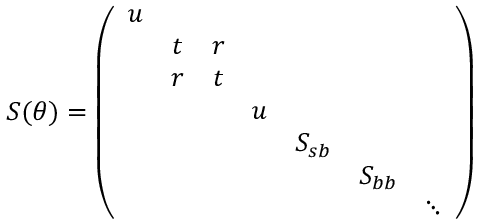
S ( \theta ) = \left( \begin{array} { c c c c c c c } { { u } } & { { } } & { { } } & { { } } & { { } } & { { } } & { { } } \\ { { } } & { { t } } & { { r } } & { { } } & { { } } & { { } } & { { } } \\ { { } } & { { r } } & { { t } } & { { } } & { { } } & { { } } & { { } } \\ { { } } & { { } } & { { } } & { { u } } & { { } } & { { } } & { { } } \\ { { } } & { { } } & { { } } & { { } } & { { S _ { s b } } } & { { } } & { { } } \\ { { } } & { { } } & { { } } & { { } } & { { } } & { { S _ { b b } } } & { { } } \\ { { } } & { { } } & { { } } & { { } } & { { } } & { { } } & { { \ddots } } \end{array} \right)